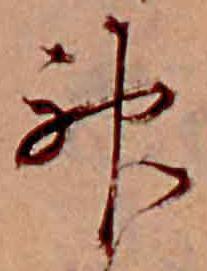
神